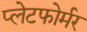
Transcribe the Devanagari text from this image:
प्लेटफोर्मर